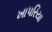
ખાપરિયા